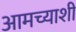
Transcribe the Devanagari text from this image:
आमच्याशी